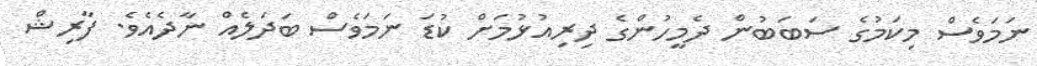
ނަމަވެސް މިކަމުގެ ސަބަބުން ދެމީހުންގެ ދިރިއުޅުމަށް ކުޑަ ނަމަވެސް ބަދަލެއް ނާދެއެވެ. ފާރިޝް